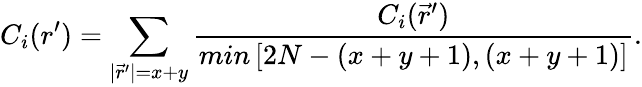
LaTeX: C_{i}(r^{\prime})=\sum_{|\vec{r}^{\prime}|=x+y}\frac{C_{i}(\vec{r}^{\prime})}{min\left[2N-(x+y+1),(x+y+1)\right]}.